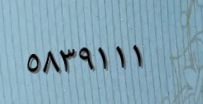
٥٨٣٩١١١